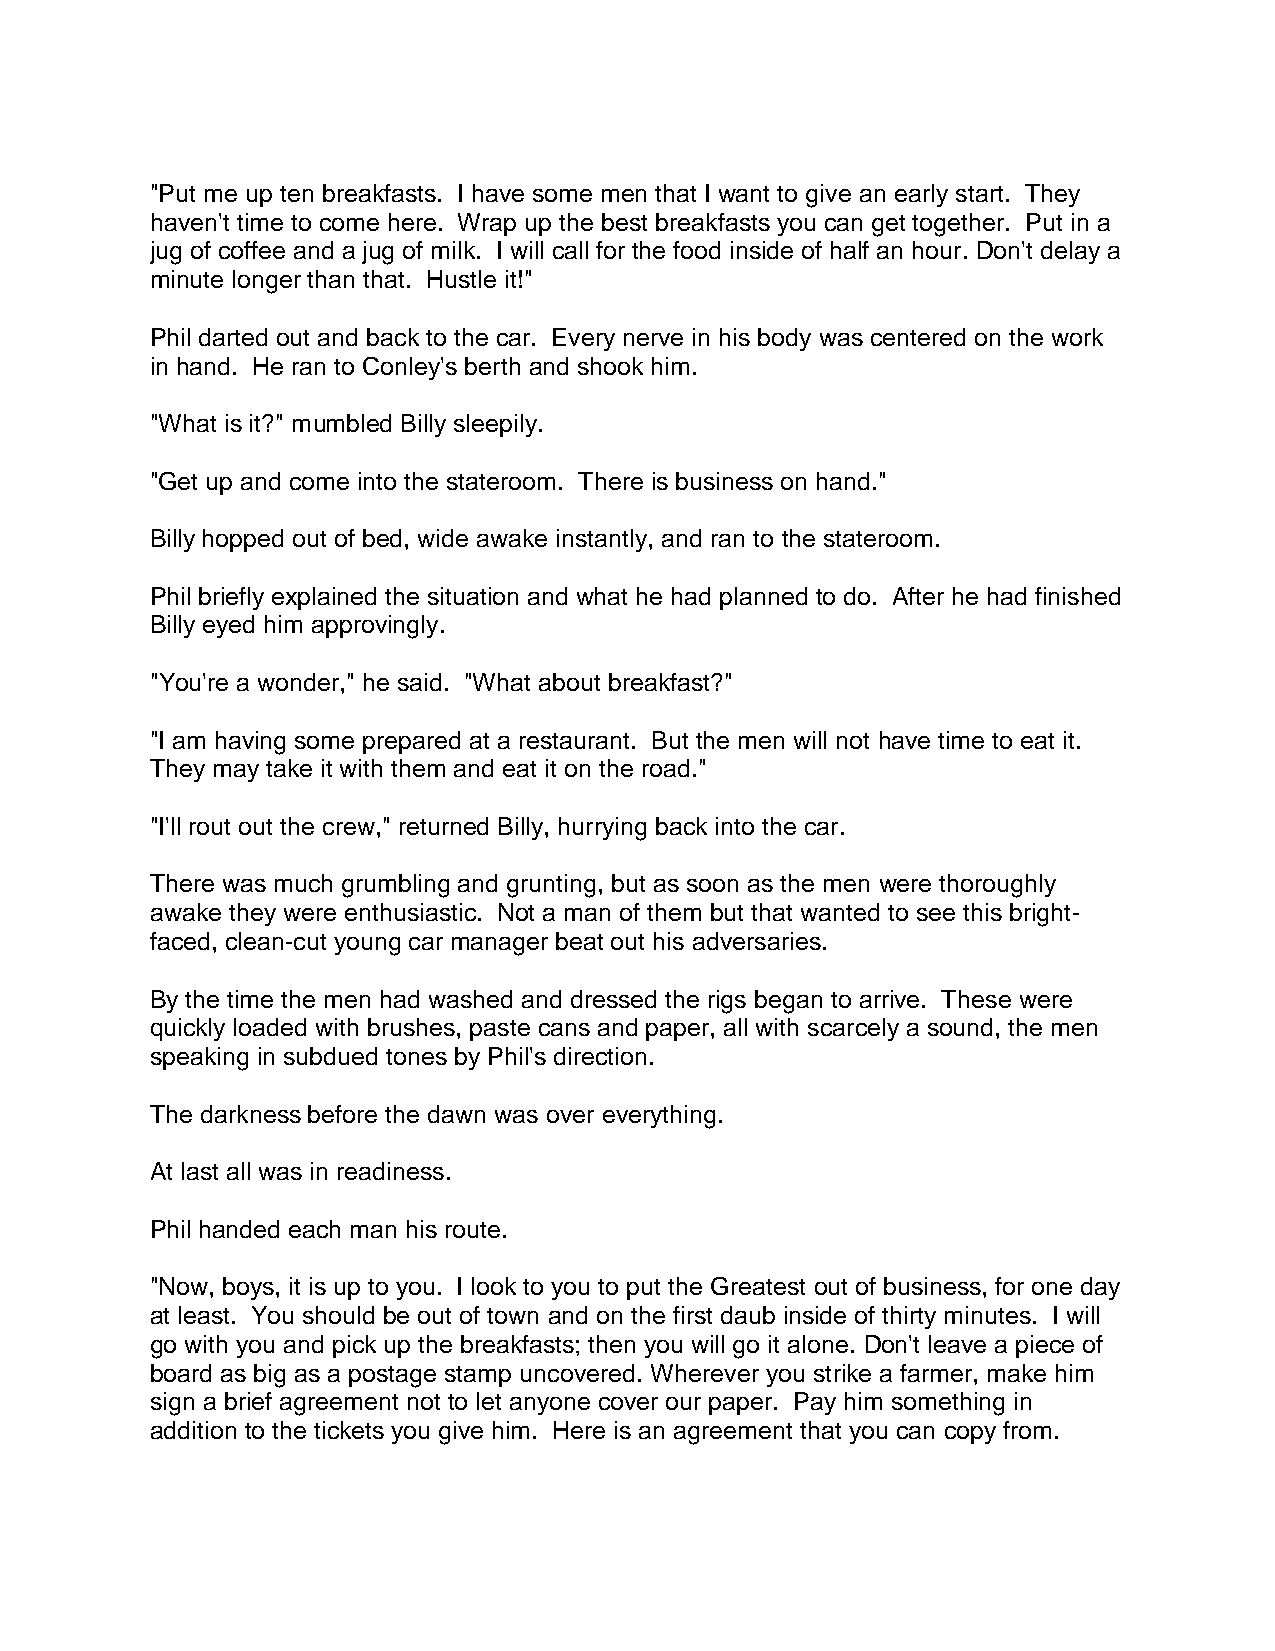
"Put me up ten breakfasts. I have some men that I want to give an early start. They
 haven't time to come here. Wrap up the best breakfasts you can get together. Put in a
 jug of coffee and a jug of milk. I will call for the food inside of half an hour. Don't delay a
 minute longer than that. Hustle it!"
 Phil darted out and back to the car. Every nerve in his body was centered on the work
 in hand. He ran to Conley's berth and shook him.
 "What is it?" mumbled Billy sleepily.
 "Get up and come into the stateroom. There is business on hand."
 Billy hopped out of bed, wide awake instantly, and ran to the stateroom.
 Phil briefly explained the situation and what he had planned to do. After he had finished
 Billy eyed him approvingly.
 "You're a wonder," he said. "What about breakfast?"
 "I am having some prepared at a restaurant. But the men will not have time to eat it.
 They may take it with them and eat it on the road."
 "I'll rout out the crew," returned Billy, hurrying back into the car.
 There was much grumbling and grunting, but as soon as the men were thoroughly
 awake they were enthusiastic. Not a man of them but that wanted to see this bright-
 faced, clean-cut young car manager beat out his adversaries.
 By the time the men had washed and dressed the rigs began to arrive. These were
 quickly loaded with brushes, paste cans and paper, all with scarcely a sound, the men
 speaking in subdued tones by Phil's direction.
 The darkness before the dawn was over everything.
 At last all was in readiness.
 Phil handed each man his route.
 "Now, boys, it is up to you. I look to you to put the Greatest out of business, for one day
 at least. You should be out of town and on the first daub inside of thirty minutes. I will
 go with you and pick up the breakfasts; then you will go it alone. Don't leave a piece of
 board as big as a postage stamp uncovered. Wherever you strike a farmer, make him
 sign a brief agreement not to let anyone cover our paper. Pay him something in
 addition to the tickets you give him. Here is an agreement that you can copy from.